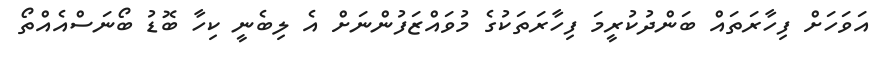
އަވަހަށް ފިހާރަތައް ބަންދުކުރީމަ ފިހާރަތަކުގެ މުވައްޒަފުންނަށް އެ ލިބެނީ ކިހާ ބޮޑު ބޯނަސްއެއްތޯ